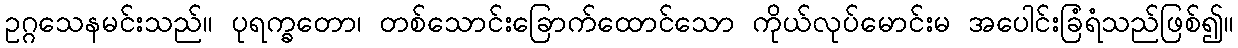
ဥဂ္ဂသေနမင်းသည်။ ပုရက္ခတော၊ တစ်သောင်းခြောက်ထောင်သော ကိုယ်လုပ်မောင်းမ အပေါင်းခြံရံသည်ဖြစ်၍။